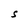
Character: S